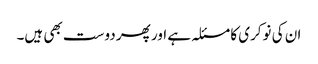
ان کی نوکری کا مسئلہ ہے اور پھر دوست بھی ہیں۔